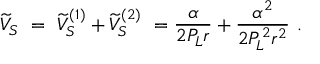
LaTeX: \widetilde V _ { S } \ = \ \widetilde V _ { S } ^ { ( 1 ) } + \widetilde V _ { S } ^ { ( 2 ) } \ = \- \frac { \alpha } { 2 P _ { L } r } + \frac { \alpha ^ { 2 } } { 2 P _ { L } ^ { 2 } r ^ { 2 } } \ .